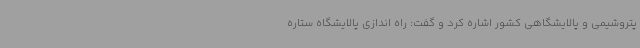
پتروشیمی و پالایشگاهی کشور اشاره کرد و گفت: راه اندازی پالایشگاه ستاره